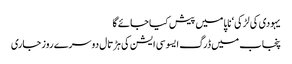
یہودی کی لڑکی‘ ناپا میں پیش کیا جائے گا
پنجاب میں ڈرگ ایسوسی ایشن کی ہڑتال دوسرے روز جاری